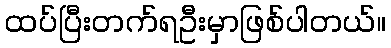
ထပ်ပြီးတက်ရဦးမှာဖြစ်ပါတယ်။